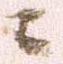
ニ